Civil Veterinary Department Bihar & Orissa reports 1929-36 - 1929-1936
Year: 1929
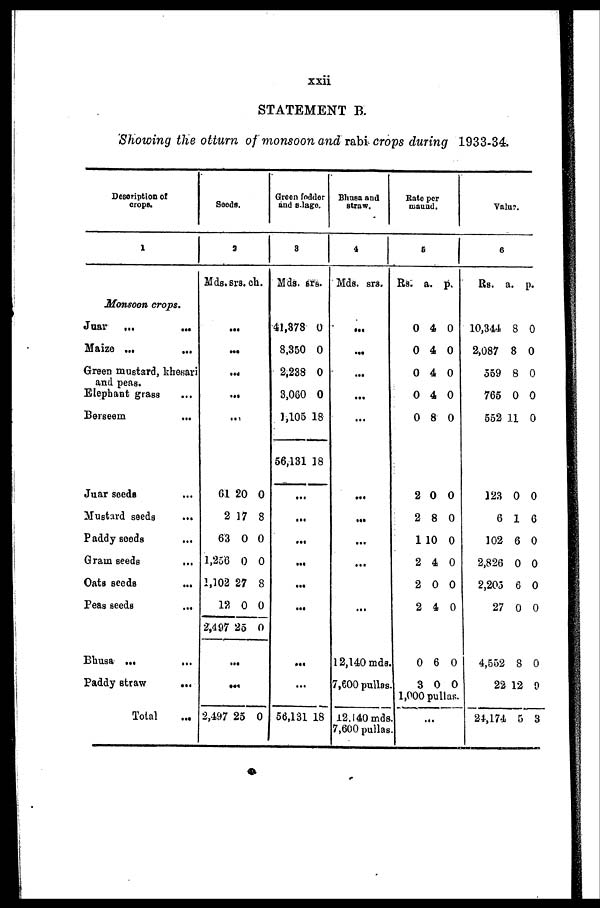
xxii
STATEMENT B.
Showing the otturn of monsoon and rabi crops during 1933-34
Description of
crops.
1
Monsoon crops.
Juar
...
...
Maize ...
...
Green mustard, khesari
and peas.
Elephant grass ...
Berseem ...
Juar
seeds
...
Mustard seeds
...
Paddy seeds
...
Grain seeds
...
Oats seeds
...
Peas seeds
...
Bhusa ... ...
Paddy straw ...
Total ...
Seeds.
2
Mds.
...
...
61
2
63
1,256
1,102
12
2,497
...
...
2,497
srs.
...
...
...
20
17
0
0
27
0
25
25
ch.
0
8
0
0
8
0
0
0
Green fodder
and silage.
3
Mds.
41,378
8,350
2,238
3,060
1,105
56,131
...
...
...
...
...
...
...
...
56,131
srs.
0
0
0
0
18
18
18
Bhusa and
straw.
4
Mds. srs.
...
...
...
...
...
...
...
...
...
...
12,140 mds.
7,600 pullas.
12,140 mds.
7,600 pullas.
Rate per
maund.
5
Rs.
0
0
0
0
0
2
2
1
2
2
2
0
a.
4
4
4
4
8
0
8
10
4
0
4
6
3
p.
0
0
0
0
0
0
0
0
0
0
0
0
0 0
1,000 pullas.
...
Value.
6
Rs.
10,344
2,087
559
76
55
12
10
2,82
2,20
2
4,55
24,1
a.
8
8
8
5 0
2 11
3 0
6 1
2 6
6 0
5
7
2
22 1
74
p.
0
0
0
0
0
0
6
0
0
6 0
0 0
8 0
2 9
5 3